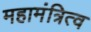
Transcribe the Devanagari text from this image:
महामंत्रित्व